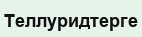
Теллуридтерге